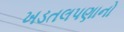
ખડતલપણાનો